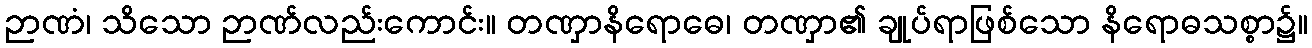
ဉာဏံ၊ သိသော ဉာဏ်လည်းကောင်း။ တဏှာနိရောဓေ၊ တဏှာ၏ ချုပ်ရာဖြစ်သော နိရောဓသစ္စာ၌။